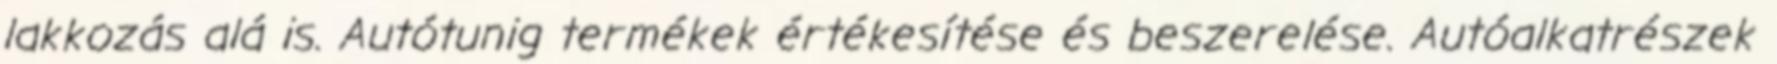
lakkozás alá is. Autótunig termékek értékesítése és beszerelése. Autóalkatrészek